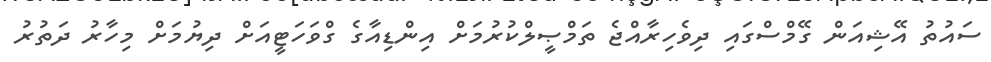
ސައުތު އޭޝިއަން ގޭމްސްގައި ދިވެހިރާއްޖެ ތަމްޞީލްކުރުމަށް އިންޑިއާގެ ގްވަހަޓީއަށް ދިޔުމަށް މިހާރު ދަތުރު